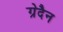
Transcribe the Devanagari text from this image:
ग्रेदैन